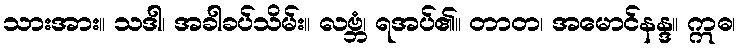
သားအား။ သဒါ၊ အခါခပ်သိမ်း။ လဗ္ဘံ၊ ရအပ်၏။ တာတ၊ အမောင်နန္ဒ။ ဣဓ၊